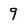
Character: 9